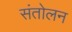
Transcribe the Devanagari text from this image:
संतोलन